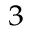
_ 3